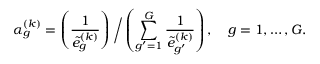
\alpha _ { g } ^ { ( k ) } = \left( \frac { 1 } { \tilde { e } _ { g } ^ { ( k ) } } \right) \bigg / \left( \sum _ { g ^ { \prime } = 1 } ^ { G } \frac { 1 } { \tilde { e } _ { g ^ { \prime } } ^ { ( k ) } } \right) , \quad g = 1 , \ldots , G .